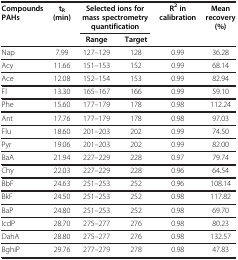
| <ROWSPAN=2> Compounds PAHs | <ROWSPAN=2> tR (min) | <COLSPAN=2> Selected ions for mass spectrometry quantification | <ROWSPAN=2> R2 in calibration | <ROWSPAN=2> Mean recovery (%) |
 | Range | Target |
 | --- | --- | --- | --- | --- | --- |
 | Nap | 7.99 | 127–129 | 128 | 0.99 | 36.28 |
 | Acy | 11.66 | 151–153 | 152 | 0.99 | 68.14 |
 | Ace | 12.08 | 152–154 | 153 | 0.99 | 82.94 |
 | Fl | 13.30 | 165–167 | 166 | 0.99 | 59.10 |
 | Phe | 15.60 | 177–179 | 178 | 0.98 | 112.24 |
 | Ant | 17.76 | 177–179 | 178 | 0.98 | 97.03 |
 | Flu | 18.60 | 201–203 | 202 | 0.99 | 74.50 |
 | Pyr | 19.06 | 201–203 | 202 | 0.99 | 82.00 |
 | BaA | 21.94 | 227–229 | 228 | 0.97 | 79.74 |
 | Chy | 22.03 | 227–229 | 228 | 0.96 | 64.54 |
 | BbF | 24.63 | 251–253 | 252 | 0.96 | 108.14 |
 | BkF | 24.50 | 251–253 | 252 | 0.98 | 117.82 |
 | BaP | 24.80 | 251–253 | 252 | 0.98 | 69.70 |
 | IcdP | 28.70 | 275–277 | 276 | 0.98 | 80.23 |
 | DahA | 28.80 | 275–277 | 276 | 0.98 | 132.57 |
 | BghiP | 29.76 | 277–279 | 278 | 0.98 | 47.83 |